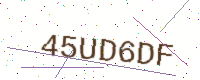
Text: 45UD6DF